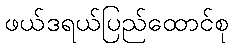
ဖယ်ဒရယ်ပြည်ထောင်စု